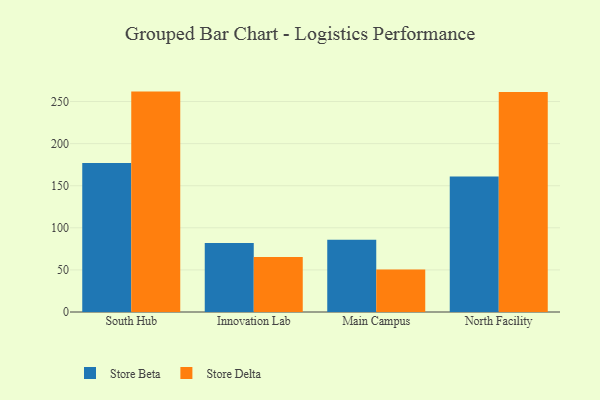
{"axis": {"x": "Campus", "y": "Bounce Rate (%)"}, "legend": ["Store Beta", "Store Delta"], "data": [{"x": "South Hub", "y": 177.0, "type": "Store Beta"}, {"x": "South Hub", "y": 261.8, "type": "Store Delta"}, {"x": "Innovation Lab", "y": 82.1, "type": "Store Beta"}, {"x": "Innovation Lab", "y": 65.2, "type": "Store Delta"}, {"x": "Main Campus", "y": 85.9, "type": "Store Beta"}, {"x": "Main Campus", "y": 50.4, "type": "Store Delta"}, {"x": "North Facility", "y": 160.9, "type": "Store Beta"}, {"x": "North Facility", "y": 261.4, "type": "Store Delta"}]}